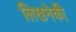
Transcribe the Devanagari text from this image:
लिखनेकी